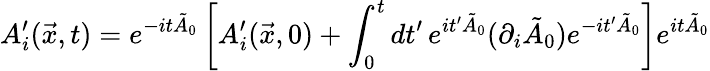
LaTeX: A_{i}^{\prime}(\vec{x},t)=e^{-it\tilde{A}_{0}}\left[A_{i}^{\prime}(\vec{x},0)+\int_{0}^{t}dt^{\prime}\, e^{it^{\prime}\tilde{A}_{0}}(\partial_{i}\tilde{A}_{0})e^{-it^{\prime}\tilde{A}_{0}}\right]e^{it\tilde{A}_{0}}